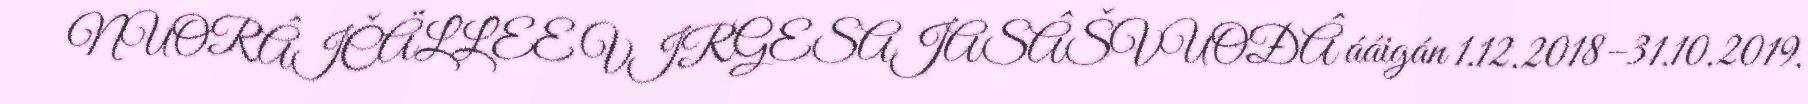
NUORÂIČÄLLEE VIRGESAJASÂŠVUOĐÂ ááigán 1.12.2018–31.10.2019.